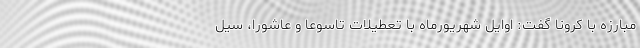
مبارزه با کرونا گفت: اوایل شهریورماه با تعطیلات تاسوعا و عاشورا، سیل